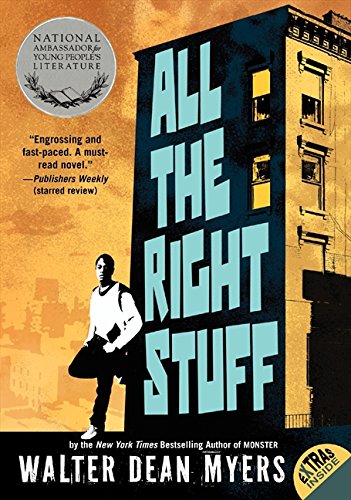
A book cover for All the Right Stuff; Walter Dean Myers; Teen & Young Adult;